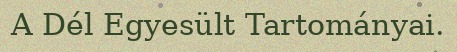
A Dél Egyesült Tartományai.